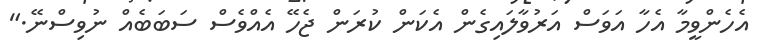
އެހެންވީމާ އެހާ އަވަސް އަރުވާލައިގެން އެކަން ކުރަން ޖެހޭ އެއްވެސް ސަބަބެއް ނުވިސްނޭ."